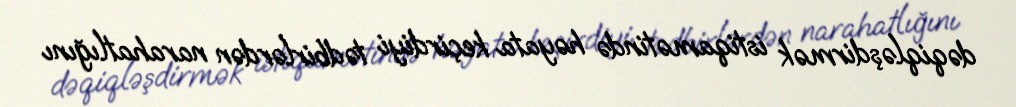
dəqiqləşdirmək istiqamətində həyata keçirdiyi tədbirlərdən narahatlığını